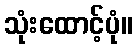
သုံးထောင့်ပုံ။